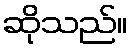
ဆိုသည်။